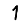
Digit: 1